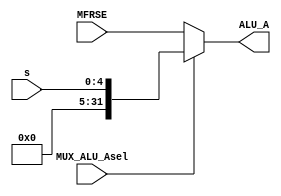
`timescale 1ns / 1ps
//////////////////////////////////////////////////////////////////////////////////
// Company: 
// Engineer: 
// 
// Design Name: 
// Module Name:    MUX_ALU_A 
// Project Name: 
// Target Devices: 
// Tool versions: 
// Description: 
//
// Dependencies: 
//
// Revision: 
// Revision 0.01 - File Created
// Additional Comments: 
//
//////////////////////////////////////////////////////////////////////////////////
module MUX_ALU_A(
    input [31:0] MFRSE,
    input [4:0] s,
    input MUX_ALU_Asel,
    output [31:0] ALU_A
    );
	assign ALU_A=MUX_ALU_Asel?{27'b0000_0000_0000_0000_0000_0000_000,s}:MFRSE;

endmodule